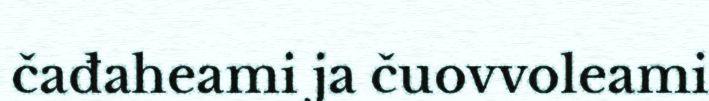
čađaheami ja čuovvoleami